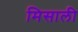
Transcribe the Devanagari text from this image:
मिसाली